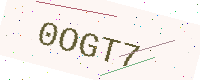
Text: 0OGT7